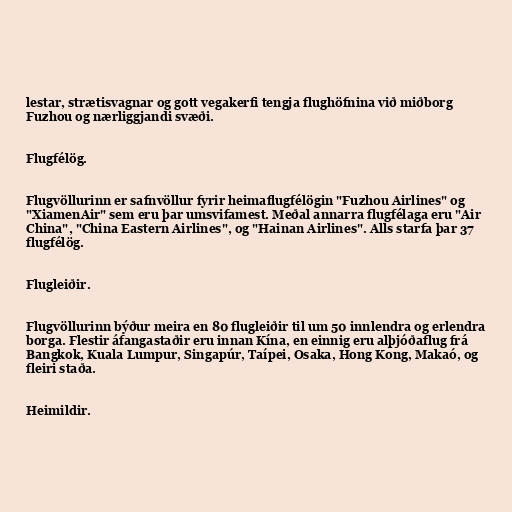
lestar, strætisvagnar og gott vegakerfi tengja flughöfnina við miðborg
Fuzhou og nærliggjandi svæði.

Flugfélög.

Flugvöllurinn er safnvöllur fyrir heimaflugfélögin "Fuzhou Airlines" og
"XiamenAir" sem eru þar umsvifamest. Meðal annarra flugfélaga eru "Air
China", "China Eastern Airlines", og "Hainan Airlines". Alls starfa þar 37
flugfélög.

Flugleiðir.

Flugvöllurinn býður meira en 80 flugleiðir til um 50 innlendra og erlendra
borga. Flestir áfangastaðir eru innan Kína, en einnig eru alþjóðaflug frá
Bangkok, Kuala Lumpur, Singapúr, Taípei, Osaka, Hong Kong, Makaó, og
fleiri staða.

Heimildir.